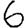
Digit: 6